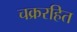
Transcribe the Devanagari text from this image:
चक्ररहित